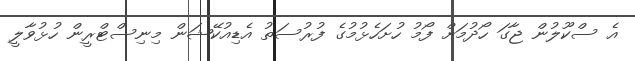
އެ ސްކޫލުން ޖާގަ ހޯދުމަށް ފޯމު ހުށަހެޅުމުގެ ފުރުސަތު އެޑިއުކޭޝަން މިނިސްޓްރީން ހުޅުވާލީ